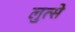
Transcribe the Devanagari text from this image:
लुत्से